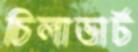
চিলাভার্ট